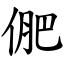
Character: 俷